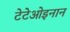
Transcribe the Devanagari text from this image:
टेटेओइनान